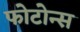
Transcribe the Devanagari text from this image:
फोटोन्स